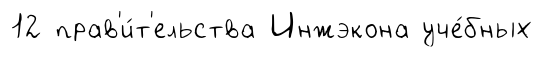
12 прав'и́т'ельства Инжэкона уче́бных